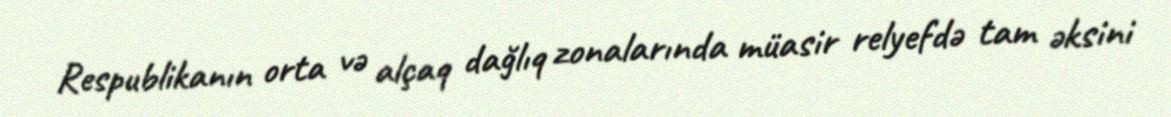
Respublikanın orta və alçaq dağlıq zonalarında müasir relyefdə tam əksini